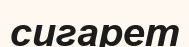
сигарет